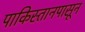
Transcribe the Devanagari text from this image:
पाकिस्तानपासून